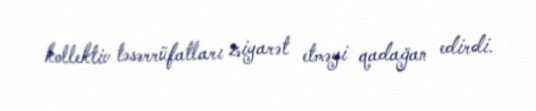
kollektiv təsərrüfatları ziyarət etməyi qadağan edirdi.